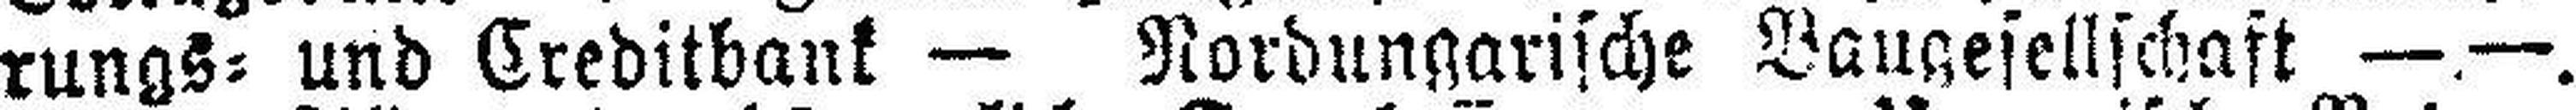
rungs= und Creditbank — Nordungarische Baugesellschaft —.—.